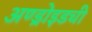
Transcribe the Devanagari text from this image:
अण्ड्रोइडची